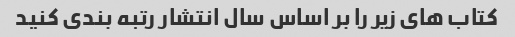
کتاب های زیر را بر اساس سال انتشار رتبه بندی کنید